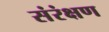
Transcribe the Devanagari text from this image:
संरंक्षण